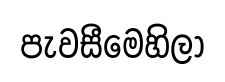
පැවසීමෙහිලා